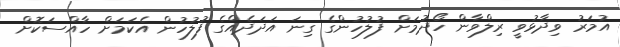
އުމަރު ވިދާޅުވީ ރިލްވާން ހޯދުމަށް ފުލުހުންގެ ގިނަ އަދަދެއްގެ ފުލުހުން އެކަމަށް ހާއްސަކޮށް